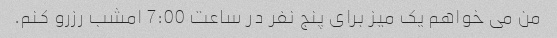
من می خواهم یک میز برای پنج نفر در ساعت 7:00 امشب رزرو کنم.